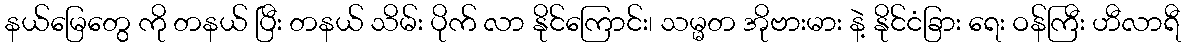
နယ်မြေတွေ ကို တနယ် ပြီး တနယ် သိမ်း ပိုက် လာ နိုင်ကြောင်း၊ သမ္မတ အိုဗားမား နဲ့ နိုင်ငံခြား ရေး ဝန်ကြီး ဟီလာရီ